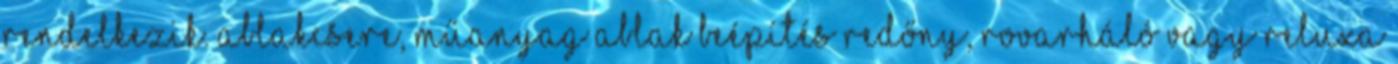
rendelkezik. Ablakcsere, műanyag ablak beépítés redőny, rovarháló vagy reluxa